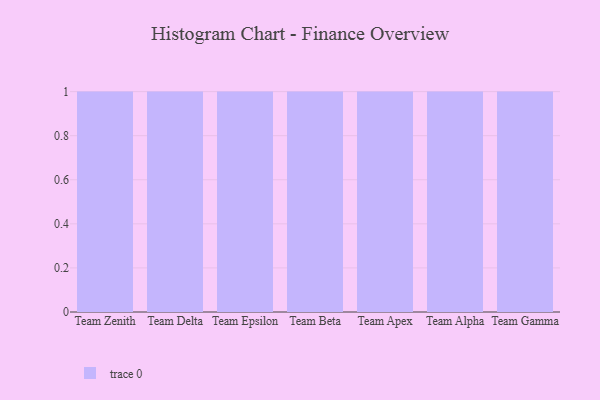
{"axis": {"x": "Team", "y": "Gross Profit (USD K)"}, "legend": [""], "data": [{"x": "Team Zenith", "y": 61, "type": ""}, {"x": "Team Delta", "y": 91, "type": ""}, {"x": "Team Epsilon", "y": 20, "type": ""}, {"x": "Team Beta", "y": 98, "type": ""}, {"x": "Team Apex", "y": 15, "type": ""}, {"x": "Team Alpha", "y": 91, "type": ""}, {"x": "Team Gamma", "y": 7, "type": ""}]}